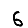
Digit: 6